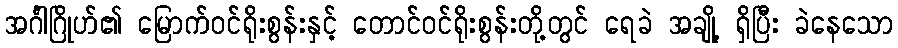
အင်္ဂါဂြိုဟ်၏ မြောက်ဝင်ရိုးစွန်းနှင့် တောင်ဝင်ရိုးစွန်းတို့တွင် ရေခဲ အချို့ ရှိပြီး ခဲနေသော